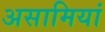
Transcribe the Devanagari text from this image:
असामियां